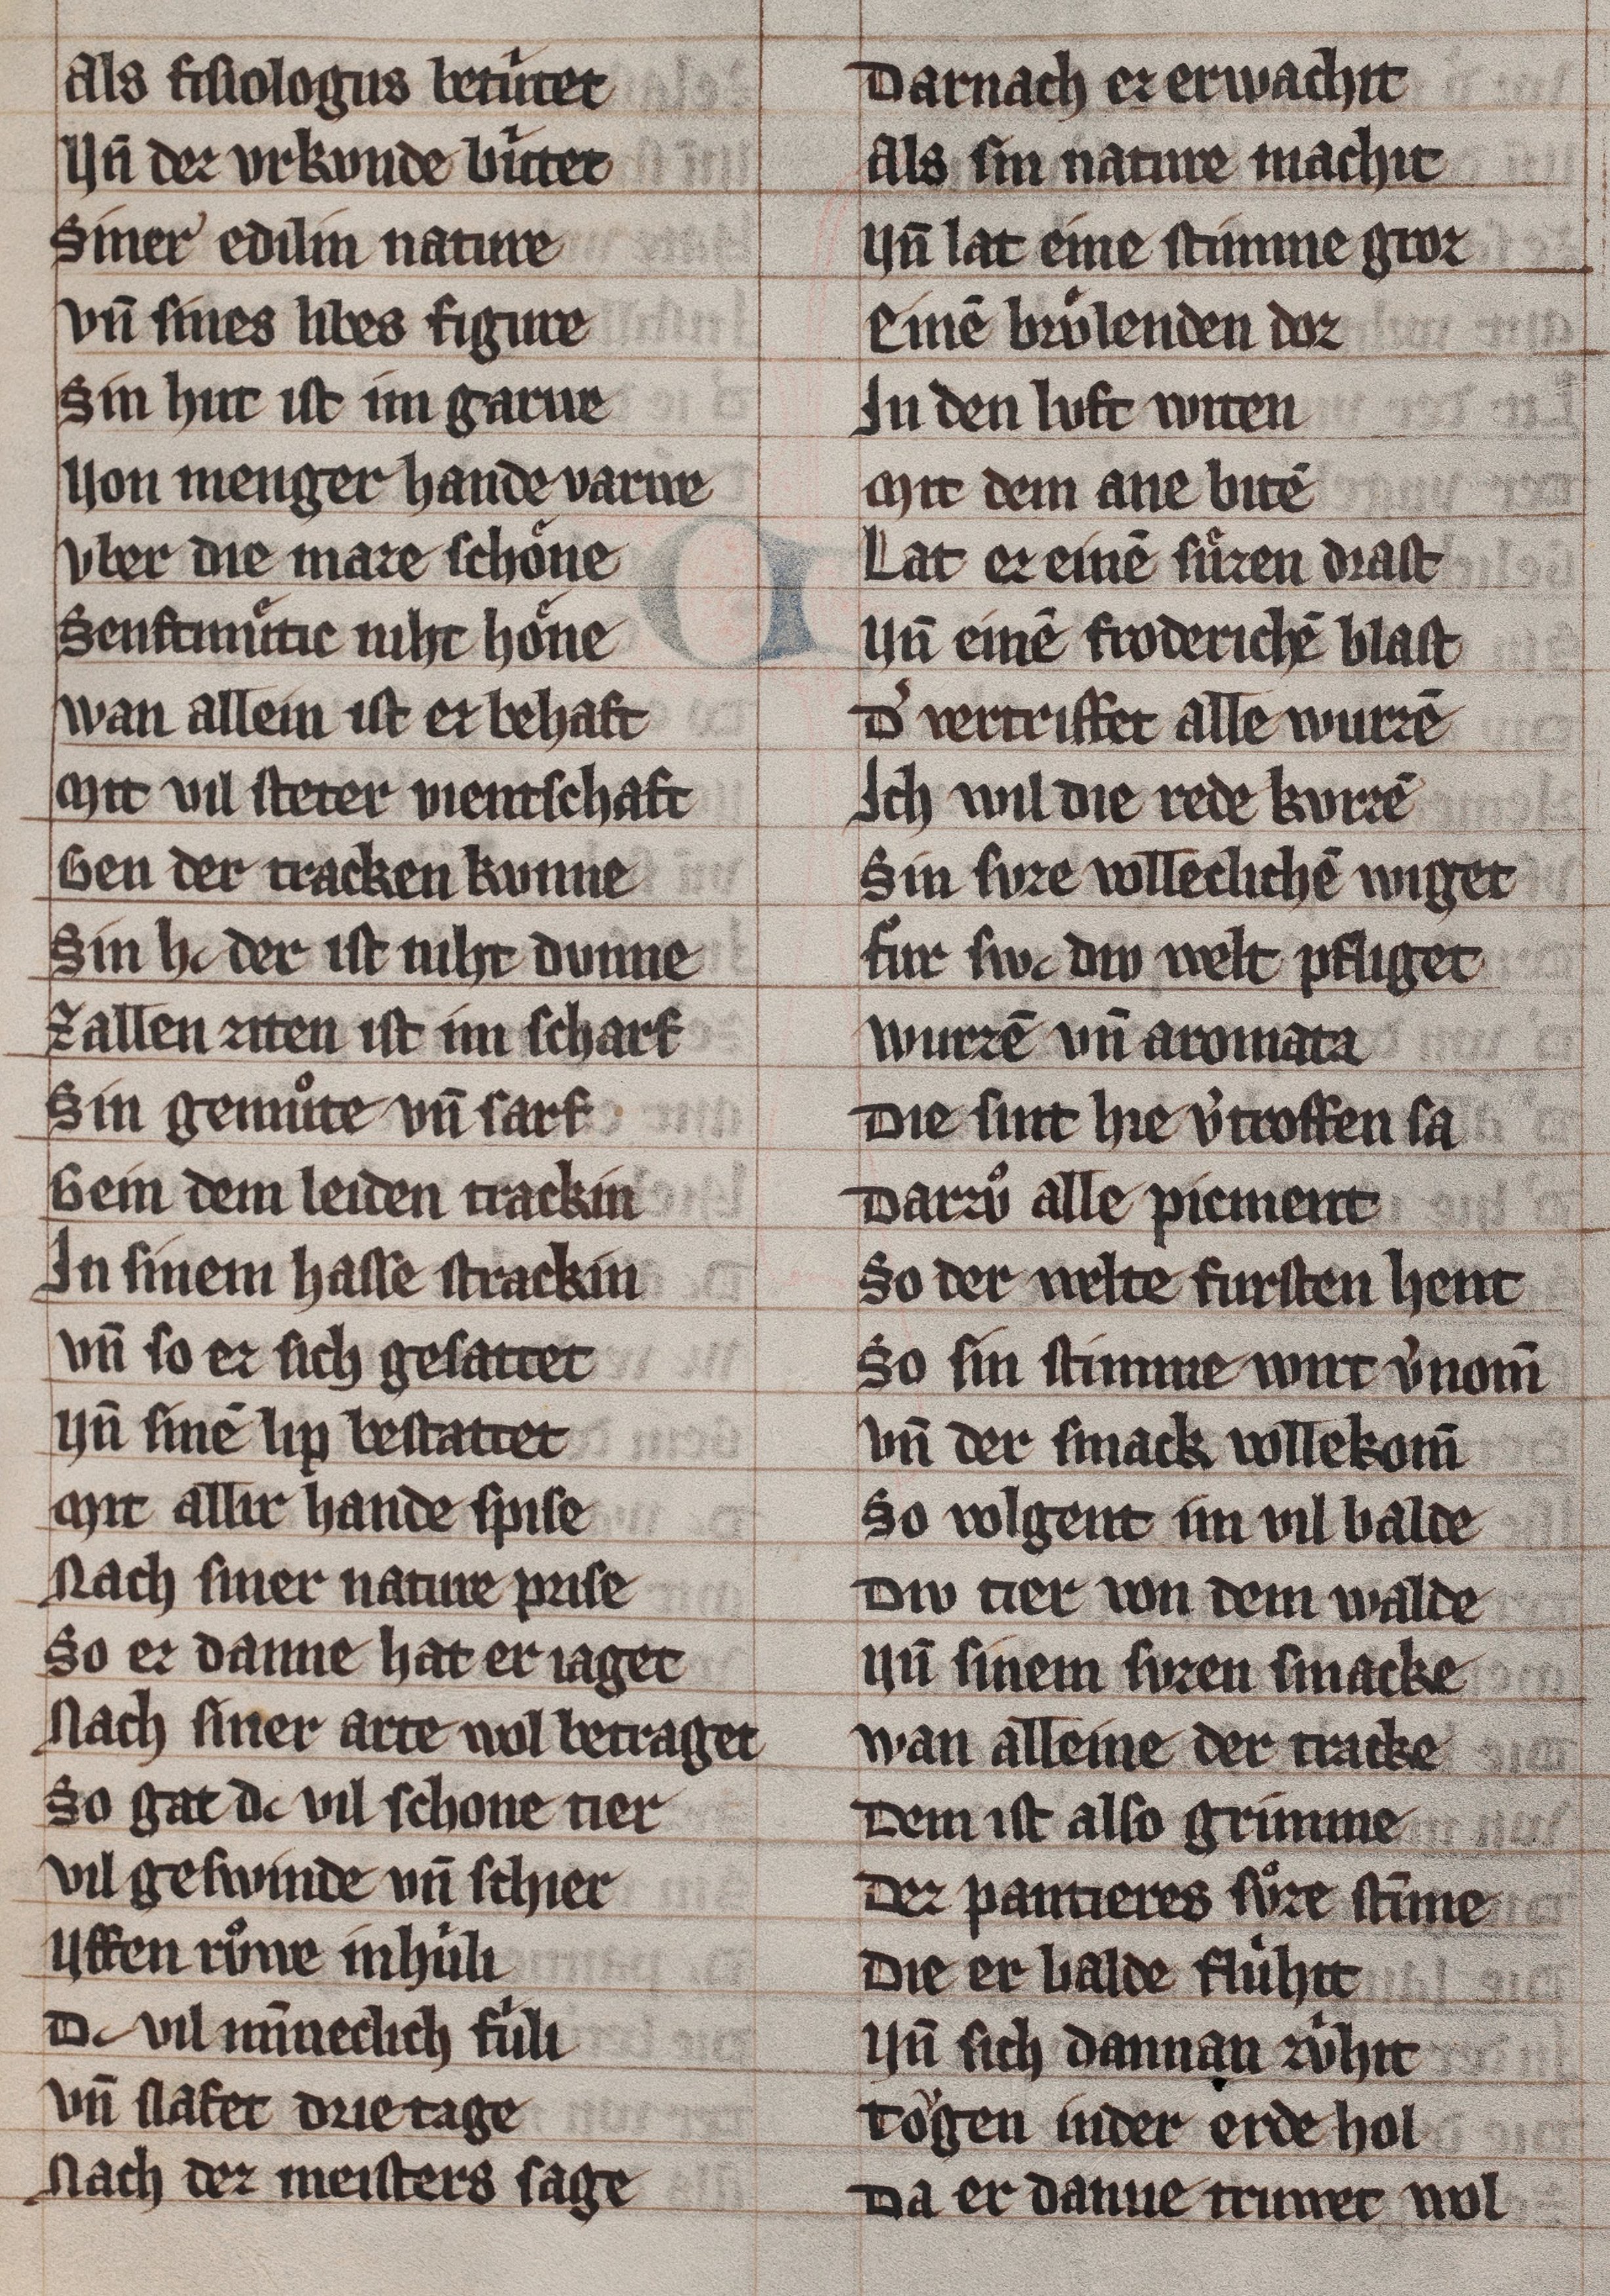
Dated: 1285–1315